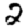
Digit: 2